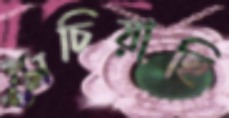
সেচিয়াছি